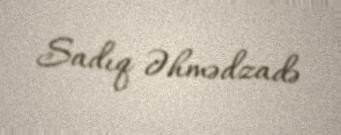
Sadıq Əhmədzadə